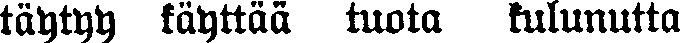
täytyy täyttää tuota kulunutta